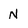
Character: N